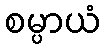
စမ္ပာယံ